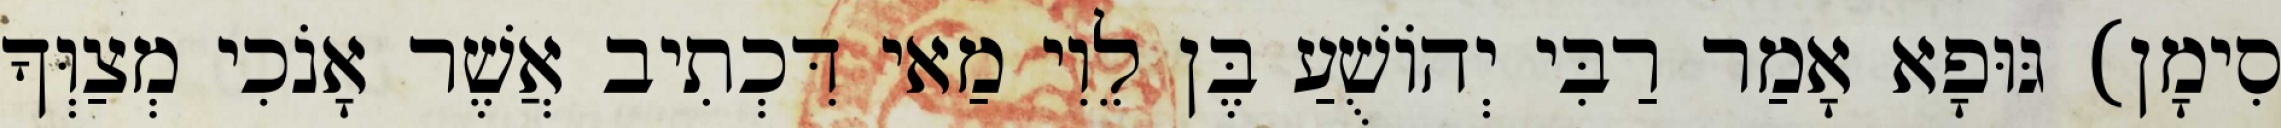
סִימָן) גּוּפָא אָמַר רַבִּי יְהוֹשֻׁעַ בֶּן לֵוִי מַאי דִּכְתִיב אֲשֶׁר אָנֹכִי מְצַוְּךָ